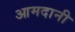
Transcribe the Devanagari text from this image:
आमदानी